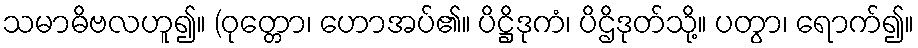
သမာဓိဗလဟူ၍။ (ဝုတ္တော၊ ဟောအပ်၏။ ပိဋ္ဌိဒုကံ၊ ပိဌိဒုတ်သို့။ ပတွာ၊ ရောက်၍။